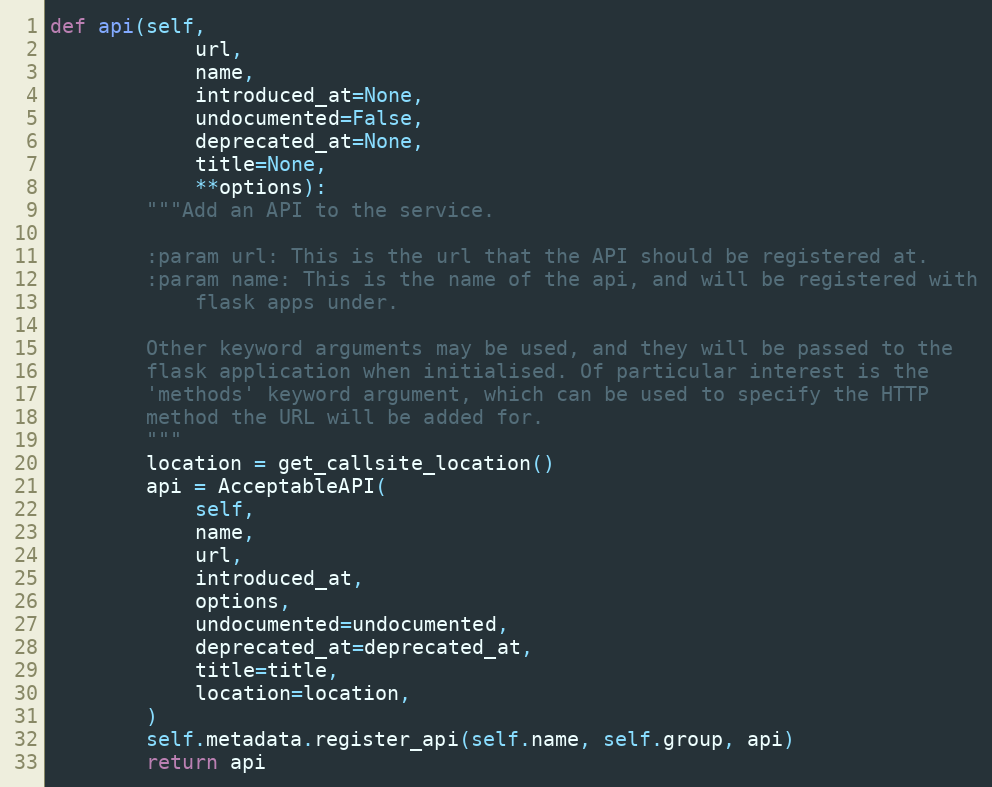
Language: Python
def api(self,
            url,
            name,
            introduced_at=None,
            undocumented=False,
            deprecated_at=None,
            title=None,
            **options):
        """Add an API to the service.

        :param url: This is the url that the API should be registered at.
        :param name: This is the name of the api, and will be registered with
            flask apps under.

        Other keyword arguments may be used, and they will be passed to the
        flask application when initialised. Of particular interest is the
        'methods' keyword argument, which can be used to specify the HTTP
        method the URL will be added for.
        """
        location = get_callsite_location()
        api = AcceptableAPI(
            self,
            name,
            url,
            introduced_at,
            options,
            undocumented=undocumented,
            deprecated_at=deprecated_at,
            title=title,
            location=location,
        )
        self.metadata.register_api(self.name, self.group, api)
        return api